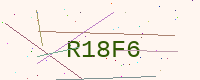
Text: R18F6